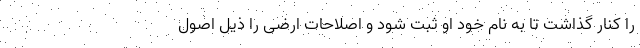
را کنار گذاشت تا به نام خود او ثبت شود و اصلاحات ارضی را ذیل اصول